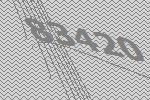
83420